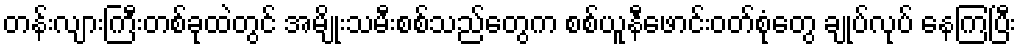
တန်းလျားကြီးတစ်ခုထဲတွင် အမျိုးသမီးစစ်သည်တွေက စစ်ယူနီဖောင်းဝတ်စုံတွေ ချုပ်လုပ် နေကြပြီး